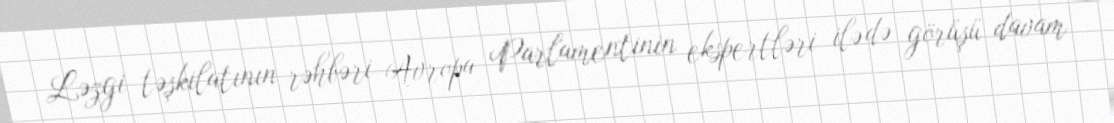
Ləzgi təşkilatının rəhbəri Avropa Parlamentinin ekspertləri ilə də görüşü davam